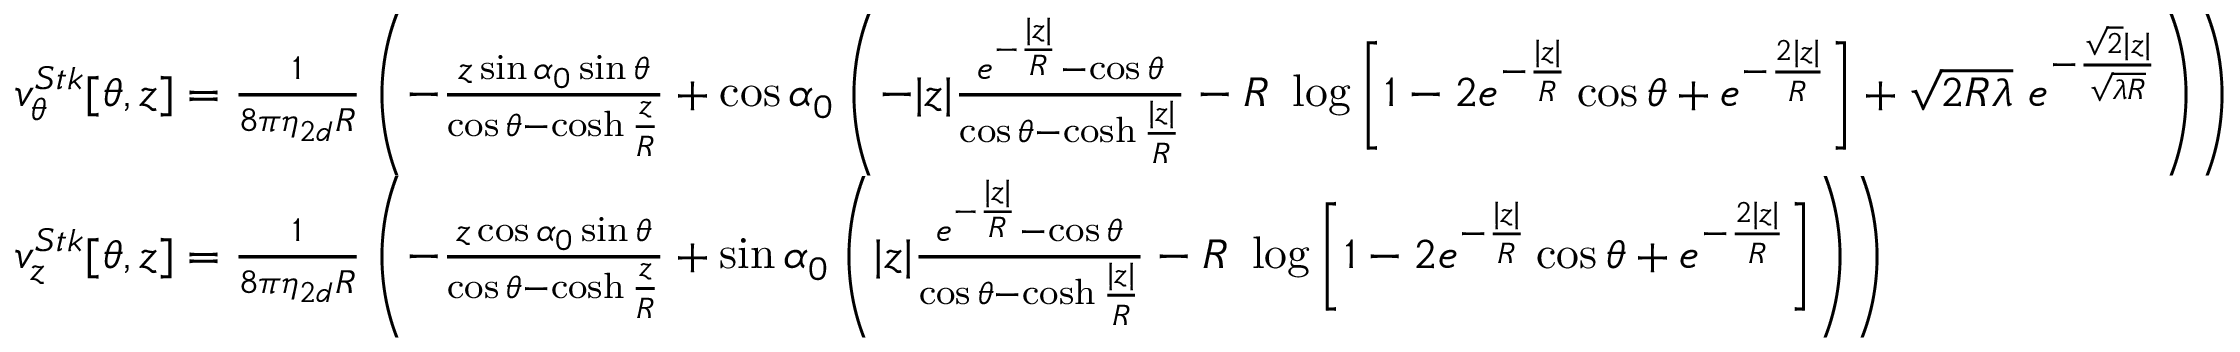
\begin{array} { r l } & { v _ { \theta } ^ { S t k } [ \theta , z ] = \frac { 1 } { 8 \pi \eta _ { 2 d } R } \left( - \frac { z \sin \alpha _ { 0 } \sin \theta } { \cos \theta - \cosh \frac { z } { R } } + \cos \alpha _ { 0 } \left( - | z | \frac { e ^ { - \frac { | z | } { R } } - \cos \theta } { \cos \theta - \cosh \frac { | z | } { R } } - R ~ \log \left[ 1 - 2 e ^ { - \frac { | z | } { R } } \cos \theta + e ^ { - \frac { 2 | z | } { R } } \right] + \sqrt { 2 R \lambda } ~ e ^ { - \frac { \sqrt { 2 } | z | } { \sqrt { \lambda R } } } \right) \right) } \\ & { v _ { z } ^ { S t k } [ \theta , z ] = \frac { 1 } { 8 \pi \eta _ { 2 d } R } \left( - \frac { z \cos \alpha _ { 0 } \sin \theta } { \cos \theta - \cosh \frac { z } { R } } + \sin \alpha _ { 0 } \left( | z | \frac { e ^ { - \frac { | z | } { R } } - \cos \theta } { \cos \theta - \cosh \frac { | z | } { R } } - R ~ \log \left[ 1 - 2 e ^ { - \frac { | z | } { R } } \cos \theta + e ^ { - \frac { 2 | z | } { R } } \right] \right) \right) } \end{array}